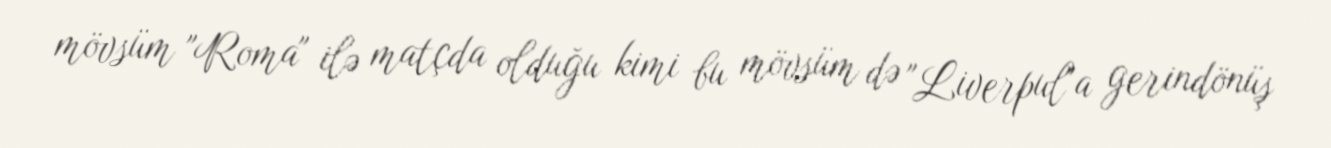
mövsüm "Roma" ilə matçda olduğu kimi bu mövsüm də "Liverpul"a gerindönüş